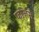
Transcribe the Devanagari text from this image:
फर्जिन